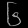
Digit: ၆